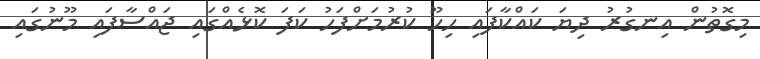
މިގޮތުން އިނގުރު ދިޔަ ކައްކާފައި ހިހޫ ކުރުމަށްފަހު ކަފަ ކޮޅެއްގައި ޖައްސާފައި މޫނުގައި